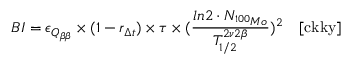
B I = \epsilon _ { Q _ { \beta \beta } } \times ( 1 - r _ { \Delta t } ) \times \tau \times ( \frac { l n 2 \cdot N _ { ^ { 1 0 0 } M o } } { T _ { 1 / 2 } ^ { 2 \nu 2 \beta } } ) ^ { 2 } \quad [ \mathrm { c k k y } ]